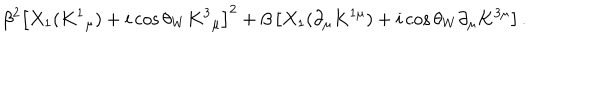
LaTeX: \beta ^ { 2 } \left[ X _ { 1 } ( K ^ { 1 } { } _ { \mu } ) + i \cos { \theta _ { W } } K ^ { 3 } { } _ { \mu } \right] ^ { 2 } + \beta \left[ X _ { 1 } ( \partial _ { \mu } K ^ { 1 \mu } ) + i \cos { \theta _ { W } } \partial _ { \mu } K ^ { 3 \mu } \right] .